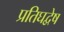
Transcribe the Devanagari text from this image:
प्रतिघद्वेष